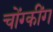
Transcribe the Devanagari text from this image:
चोंग्कींग